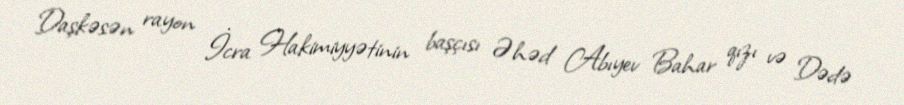
Daşkəsən rayon İcra Hakimiyyətinin başçısı Əhəd Abıyev Bahar qızı və Dədə